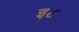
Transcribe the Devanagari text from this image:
इ८